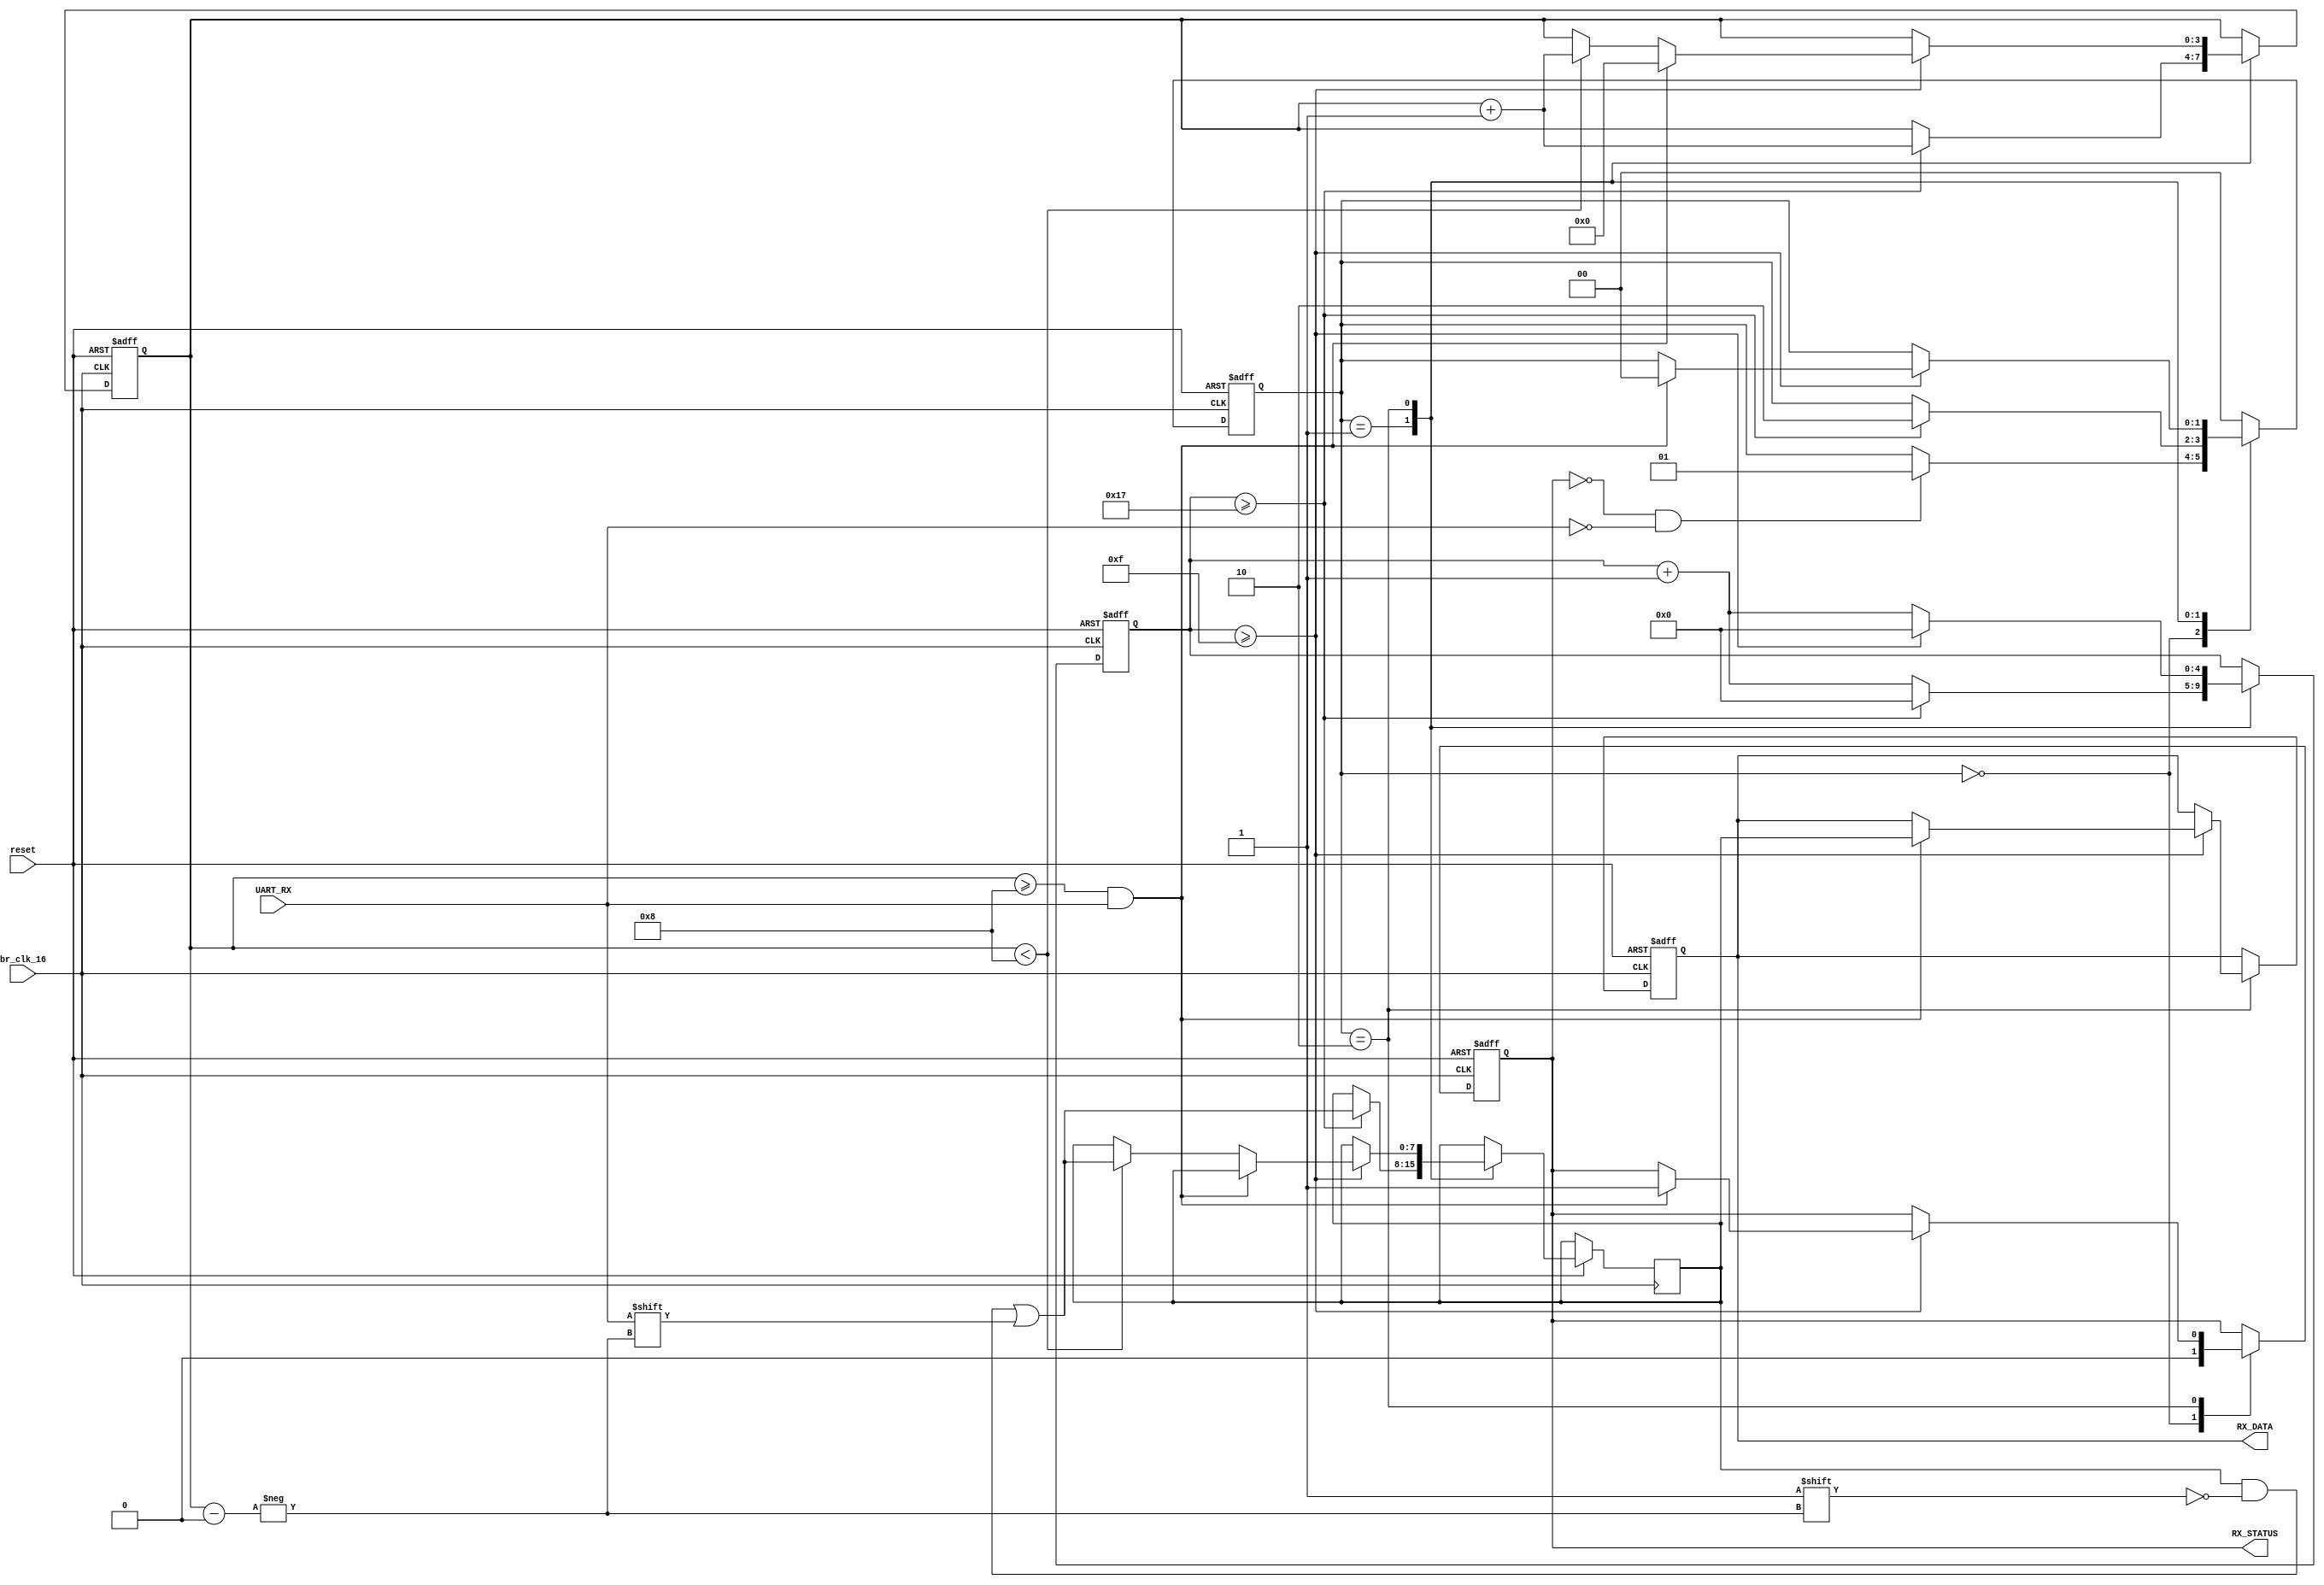
module Receiver(reset, UART_RX, br_clk_16, RX_DATA, RX_STATUS);
input	UART_RX, br_clk_16, reset;
output	RX_STATUS;
output	[7:0]	RX_DATA;

reg RX_STATUS;
reg [7:0]	RX_DATA;
reg [1:0]	status;		//0: not receving, 1:start detecting, 2:receiving
reg	[4:0]	cnt;
reg [3:0]	data_cnt;
reg [7:0]	data_cache;

initial 
begin
	status = 0;
	RX_STATUS = 0;
	RX_DATA = 0;
	cnt = 0;
	data_cnt = 0;
	data_cache = 0;
end

always @(posedge br_clk_16 or negedge reset) begin
	if (~reset) begin
		status <= 0;
		RX_STATUS <= 0;
		RX_DATA <= 0;
		cnt <= 0;
		data_cnt <= 0;
	end
	else begin
		case (status)
			2'b00: begin
				RX_STATUS <= 0;
				if (~RX_STATUS && ~UART_RX) begin
					status <= 1;
				end
				else;
			end
		
			2'b01: begin
				if (cnt >= 23) begin
					status <= 2;
					cnt <= 0;
					data_cache[data_cnt] <= UART_RX;
					data_cnt <= data_cnt + 1;
				end
				else
					cnt <= cnt + 1;
			end
		
			2'b10: begin
				if (cnt >= 15) begin
					if (data_cnt >= 8 && UART_RX) begin	//detect end
						status <= 0;
						RX_STATUS <= 1;
						RX_DATA <= data_cache;
						data_cnt <= 0;
					end
					else if (data_cnt < 8) begin
						data_cache[data_cnt] <= UART_RX;
						data_cnt <= data_cnt + 1;
					end
					else;
					cnt <= 0;
				end
				else
					cnt <= cnt +1;
			end
		
			default: status <= 0;
		endcase
	end
end


endmodule